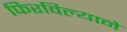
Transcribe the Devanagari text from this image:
फिरविल्याने